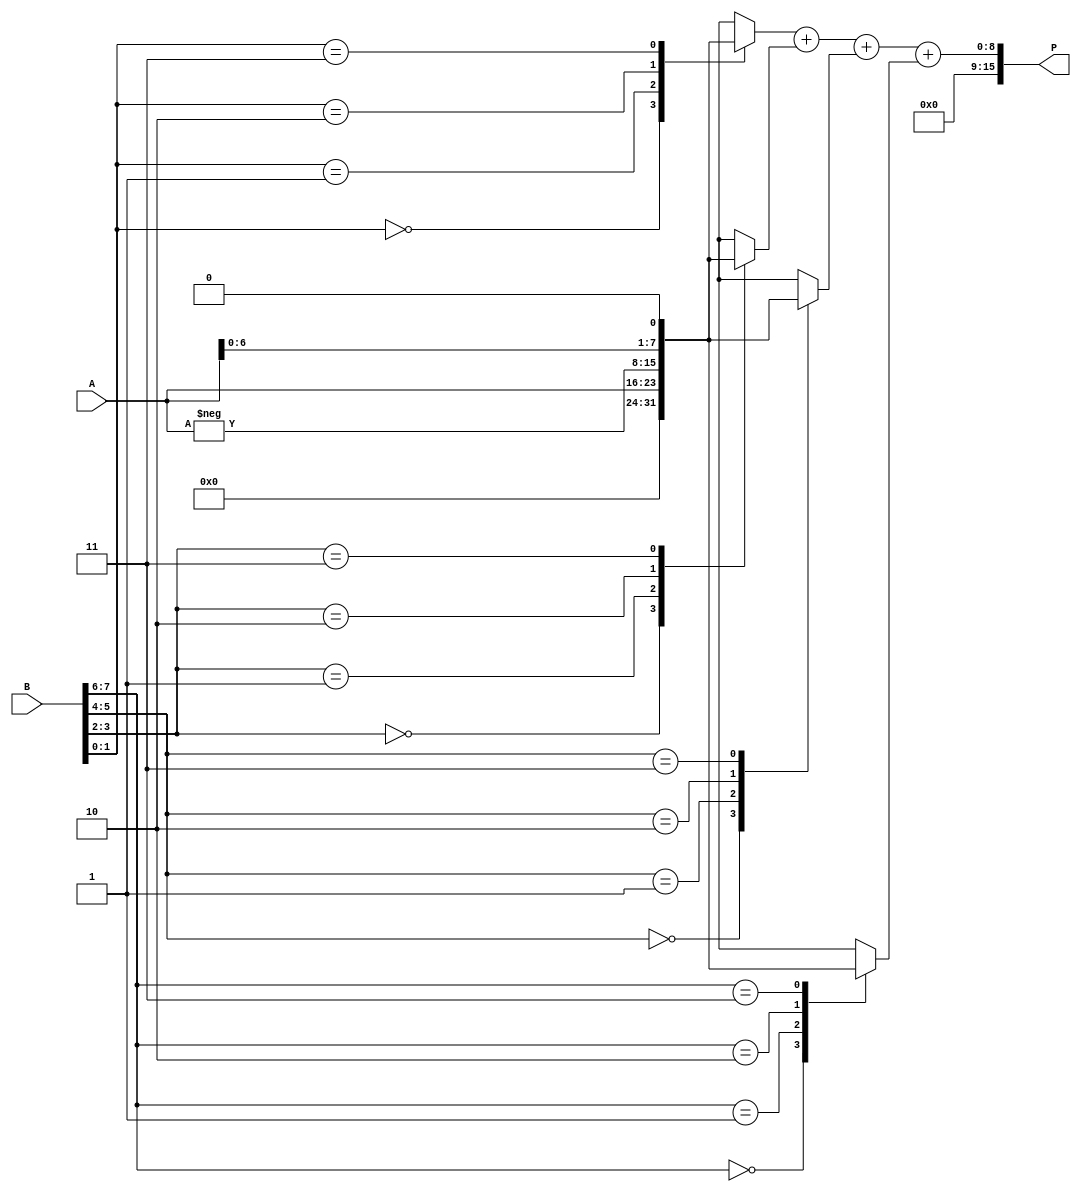
module radix4_multiplier #(parameter n = 8) (
    input signed [n-1:0] A,
    input signed [n-1:0] B,
    output reg signed [2*n-1:0] P
);
    reg [n-1:0] A_neg;
    reg [n-1:0] pp [0:(n/2)]; // Partial products
    reg [n:0] sum [0:(n/2)]; // Intermediate sums
    integer i;

    // Negated A for the -A case
    always @(*) begin
        A_neg = -A;
    end

    // Booth encoding and partial product generation
    always @(*) begin
        // Initialize partial products to zero
        for (i = 0; i < (n/2); i = i + 1) begin
            pp[i] = 0;
        end
        
        // Process pairs of bits from B
        for (i = 0; i < n/2; i = i + 1) begin
            case (B[2*i +: 2]) // Take two bits at a time
                2'b00: pp[i] = 0;          // 00 -> 0
                2'b01: pp[i] = A;          // 01 -> A
                2'b10: pp[i] = A_neg;      // 10 -> -A
                2'b11: pp[i] = A << 1;     // 11 -> 2A
                default: pp[i] = 0;
            endcase
        end
    end

    // Adder tree to sum partial products
    always @(*) begin
        // Initialize sums
        sum[0] = {1'b0, pp[0]}; // Start with the first partial product
        for (i = 1; i < (n/2); i = i + 1) begin
            sum[i] = sum[i-1] + {1'b0, pp[i]}; // Add partial products
        end
        P = sum[n/2 - 1]; // Final product
    end

endmodule